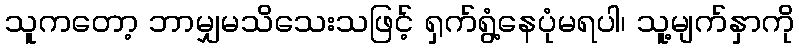
သူကတော့ ဘာမျှမသိသေးသဖြင့် ရှက်ရွံ့နေပုံမရပါ၊ သူ့မျက်နှာကို